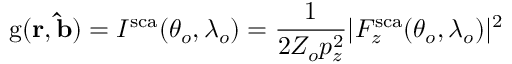
\mathrm { g } ( \mathbf { r } , \mathbf { \hat { b } } ) = I ^ { \mathrm { s c a } } ( \theta _ { o } , \lambda _ { o } ) = \frac { 1 } { 2 Z _ { o } p _ { z } ^ { 2 } } | F _ { z } ^ { \mathrm { s c a } } ( \theta _ { o } , \lambda _ { o } ) | ^ { 2 }